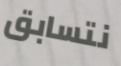
نتسابق